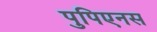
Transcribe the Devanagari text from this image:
पुपिएनस